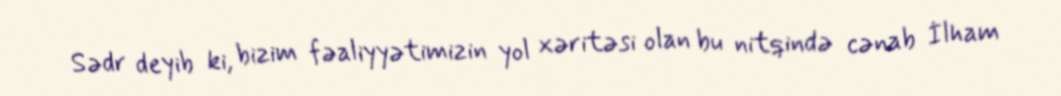
Sədr deyib ki, bizim fəaliyyətimizin yol xəritəsi olan bu nitqində cənab İlham